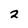
Character: 2